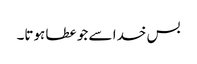
بس خدا سے جو عطا ہوتا۔